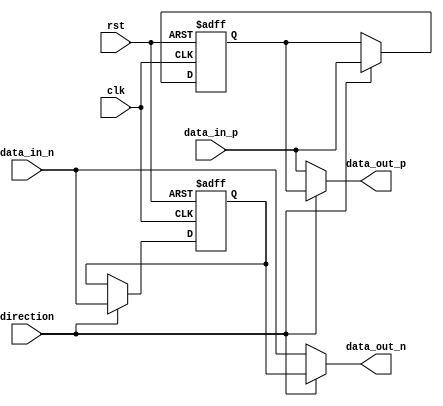
module io_block (
    input wire clk,
    input wire rst,
    input wire direction,
    input wire data_in_p,
    input wire data_in_n,
    output wire data_out_p,
    output wire data_out_n
);

// Define flip-flops for data storage
reg data_reg_p, data_reg_n;

// Define bidirectional buffer
assign data_out_p = (direction) ? data_reg_p : data_in_p;
assign data_out_n = (direction) ? data_reg_n : data_in_n;

// Store incoming data when direction is set to output
always @(posedge clk or posedge rst) begin
    if (rst) begin
        data_reg_p <= 1'b0;
        data_reg_n <= 1'b0;
    end else if (direction) begin
        data_reg_p <= data_in_p;
        data_reg_n <= data_in_n;
    end
end

endmodule